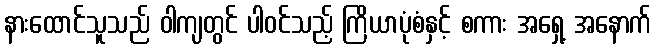
နားထောင်သူသည် ဝါကျတွင် ပါဝင်သည့် ကြိယာပုံစံနှင့် စကား အရှေ့ အနောက်